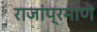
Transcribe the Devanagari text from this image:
राजांप्रमाणॆ